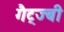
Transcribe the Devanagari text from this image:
गैट्ज्बी